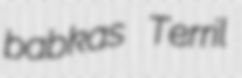
babkas Terril